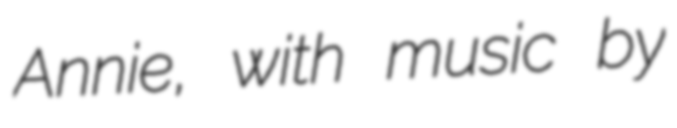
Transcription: Annie, with music by